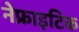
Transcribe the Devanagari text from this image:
नेफ्राइटिक